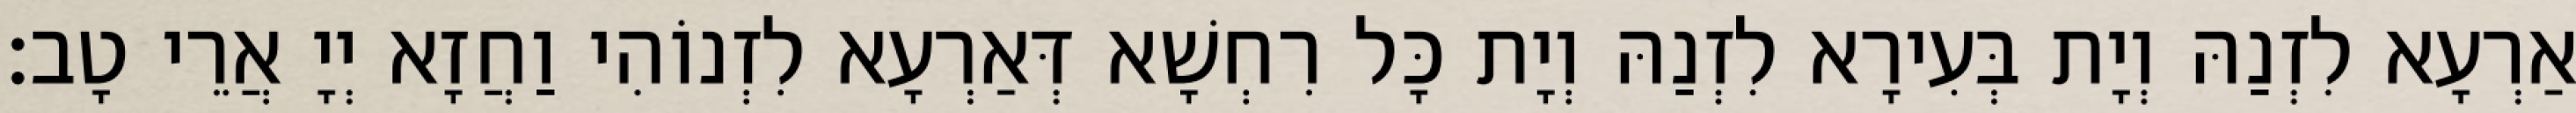
אַרְעָא לִזְנַהּ וְיָת בְּעִירָא לִזְנַהּ וְיָת כָּל רִחְשָׁא דְּאַרְעָא לִזְנוֹהִי וַחֲזָא יְיָ אֲרֵי טָב׃